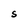
Character: S